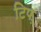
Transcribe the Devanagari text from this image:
टिफ़